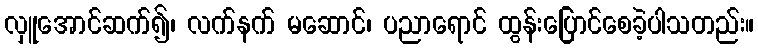
လှူအောင်ဆက်၍၊ လက်နက် မဆောင်၊ ပညာရောင် ထွန်းပြောင်စေခဲ့ပါသတည်း။